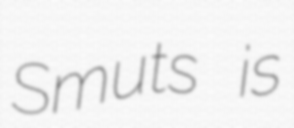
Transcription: Smuts is